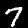
Digit: 7